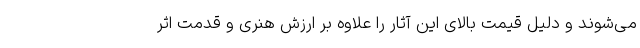
می‌شوند و دلیل قیمت بالای این آثار را علاوه بر ارزش هنری و قدمت اثر